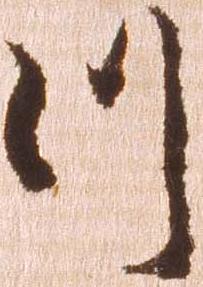
つ